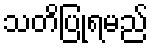
သတိပြုရမည်